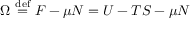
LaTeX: \Omega \ { \stackrel { \mathrm { d e f } } { = } } \ F - \mu N = U - T S - \mu N